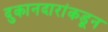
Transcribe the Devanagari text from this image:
दुकानदारांकडून